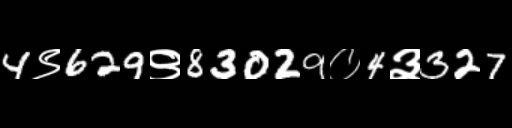
Text: 4९629९83029०4३327